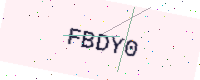
Text: FBDY0